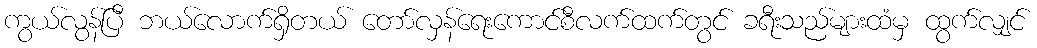
ကွယ်လွန်ပြီ ဘယ်လောက်ရှိတယ် တော်လှန်ရေးကောင်စီလက်ထက်တွင် ခရီးသည်များထံမှ ထွက်လျှင်